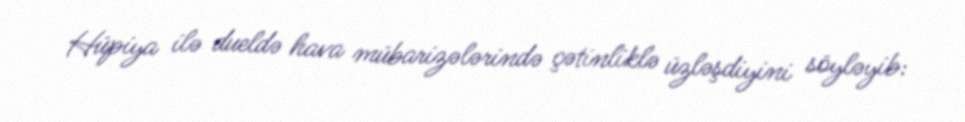
Hüpiya ilə dueldə hava mübarizələrində çətinliklə üzləşdiyini söyləyib: